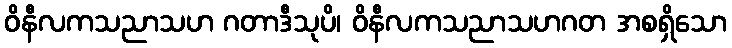
ဝိနီလကသညာသဟ ဂတာဒီသုပိ၊ ဝိနီလကသညာသဟဂတ အစရှိသော